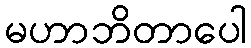
မဟာဘိတာပေါ